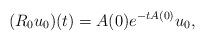
LaTeX: \begin{align*}(R_0u_0)(t) = A(0) e^{-tA(0)}u_0,\end{align*}